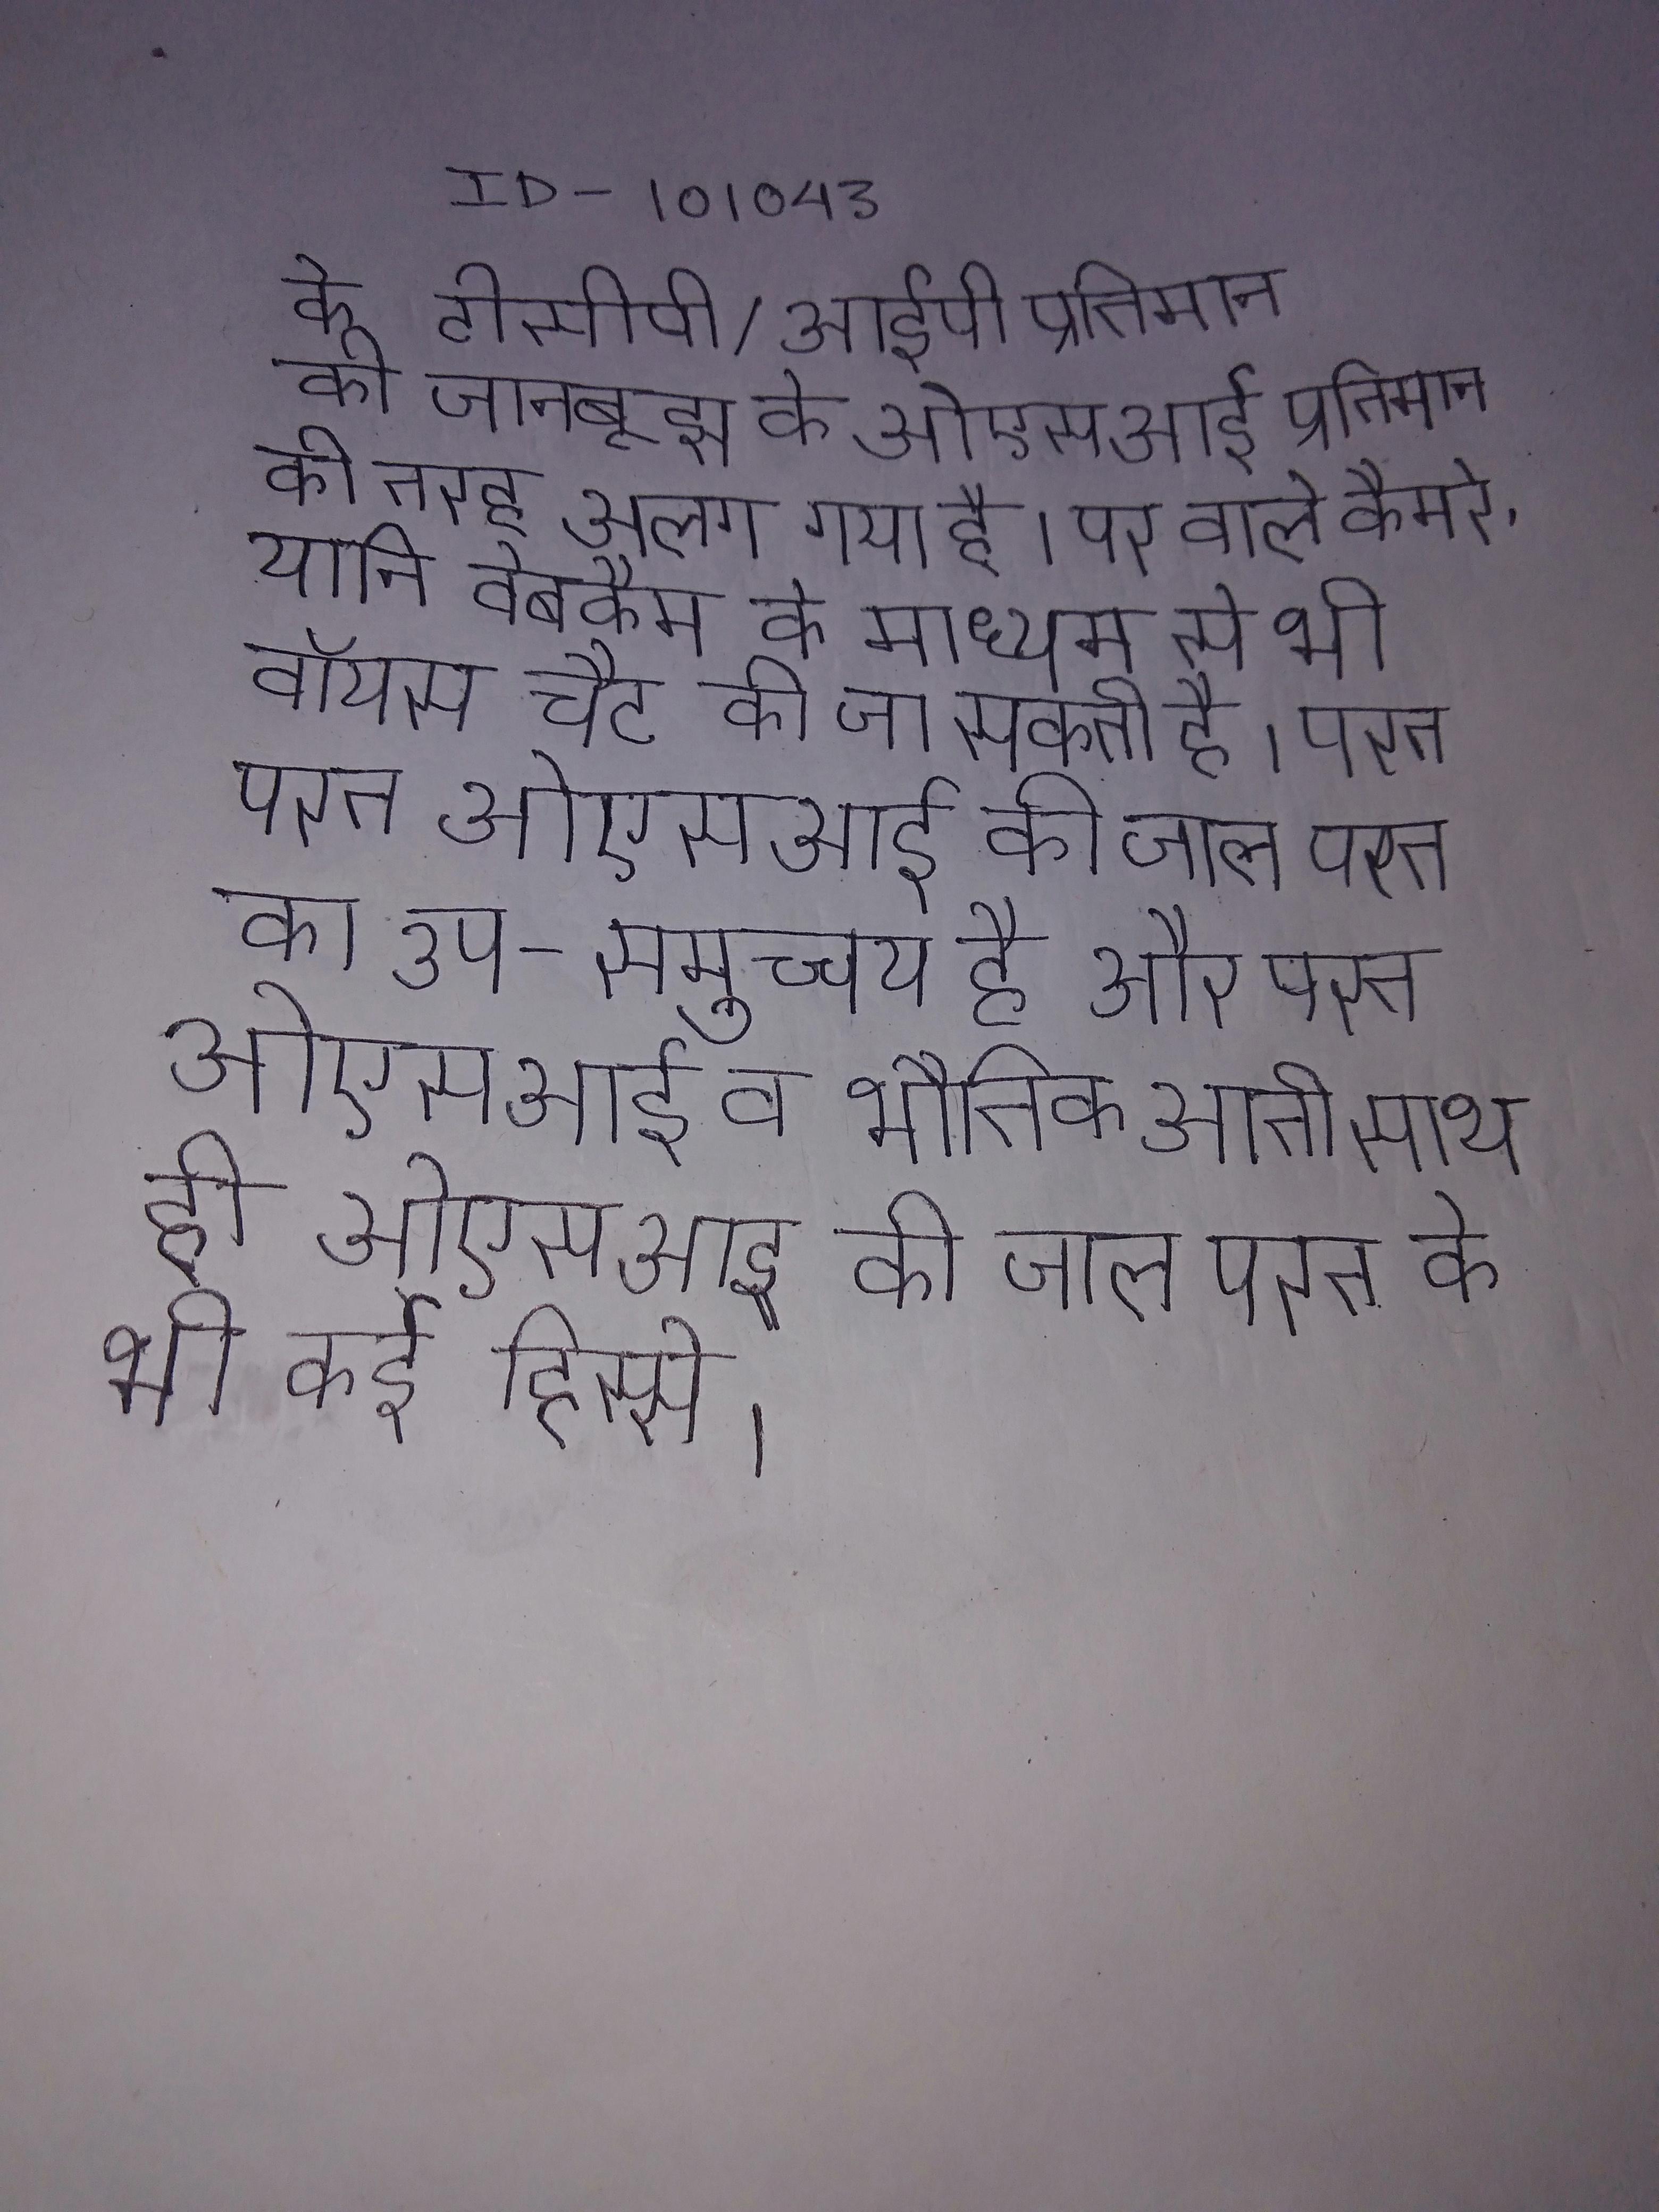
के टीसीपी/आईपी प्रतिमान को जानबूझ के ओएसआई प्रतिमान की तरह अलग अलग गया है । पर वाले कैमरे, यानि वेबकैम के माध्यम से भी वॉयस चैट की जा सकती है । परत परत ओएसआई की जाल परत का उप-समुच्चय है और परत ओएसआई व भौतिक आती साथ ही ओएसआई की जाल परत के भी कई हिस्से ।